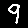
Digit: 9